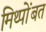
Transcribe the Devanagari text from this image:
मिथ्पोंबत